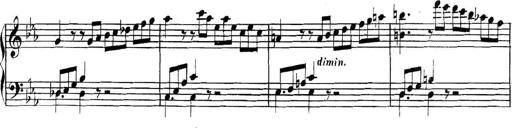
Title: Collected Piano Sonatas
Composer: Muzio Clementi